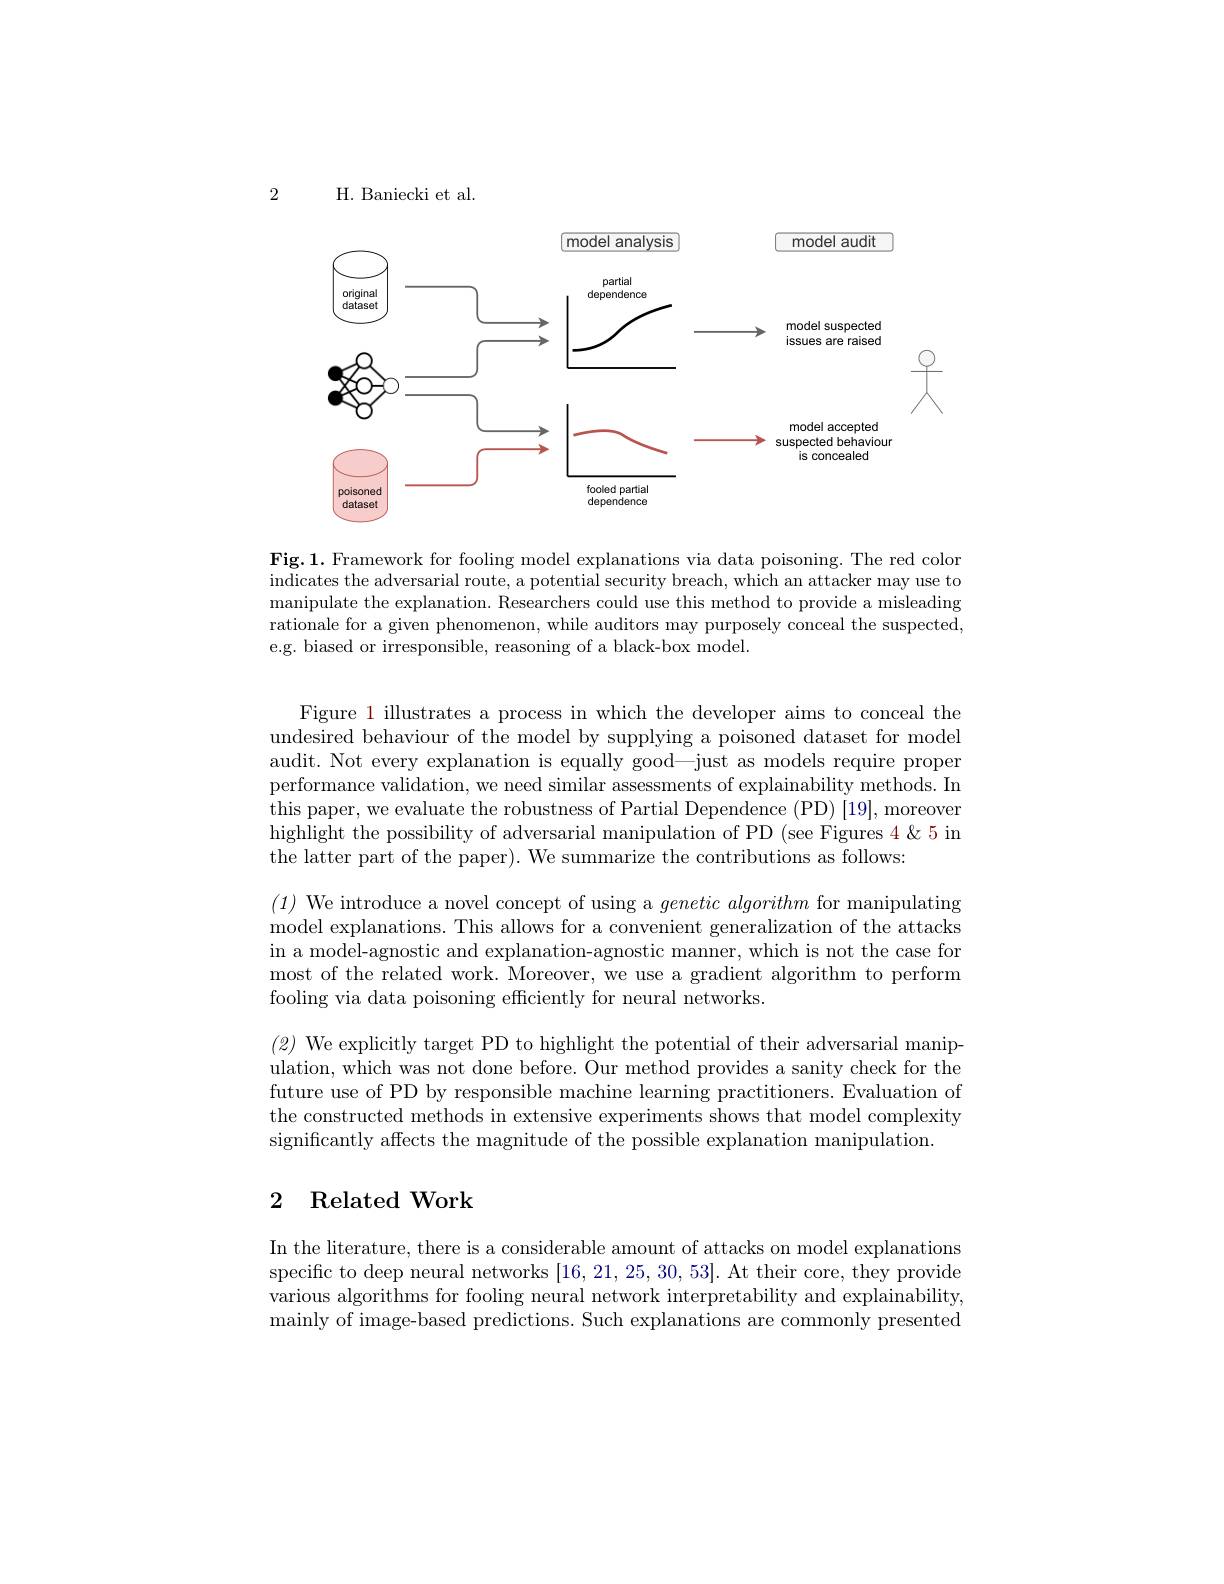
2

H. Baniecki et al.

<FigureHere>

Fig.1. Framework for fooling model explanations via data poisoning. The red color indicates the adversarial route, a potential security breach, which an attacker may use to manipulate the explanation. Researchers could use this method to provide a misleading rationale for a given phenomenon, while auditors may purposely conceal the suspected, e.g. biased or irresponsible, reasoning of a black-box model.

Figure 1 illustrates a process in which the developer aims to conceal the undesired behaviour of the model by supplying a poisoned dataset for model audit. Not every explanation is equally good—just as models require proper performance validation, we need similar assessments of explainability methods. In this paper, we evaluate the robustness of Partial Dependence (PD) [19], moreover highlight the possibility of adversarial manipulation of PD (see Figures 4&5 in the latter part of the paper). We summarize the contributions as follows:
(1) We introduce a novel concept of using a $genetic\textit{algorithm for manipulating}$ model explanations. This allows for a convenient generalization of the attacks in a model-agnostic and explanation-agnostic manner, which is not the case for most of the related work. Moreover, we use a gradient algorithm to perform fooling via data poisoning effciently for neural networks.
(2) We explicitly target PD to highlight the potential of their adversarial manip-

ulation, which was not done before. Our method provides a sanity check for the future use of PD by responsible machine learning practitioners. Evaluation of the constructed methods in extensive experiments shows that model complexity significantly affects the magnitude of the possible explanation manipulation.

## 2 Related Work

In the literature, there is a considerable amount of attacks on model explanations specific to deep neural networks [16,21,25,30,53]. At their core, they provide various algorithms for fooling neural network interpretability and explainability, mainly of image-based predictions. Such explanations are commonly presented